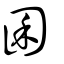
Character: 囷